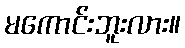
မကောင်းဘူးလား။